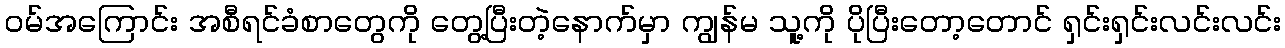
ဝမ်အကြောင်း အစီရင်ခံစာတွေကို တွေ့ပြီးတဲ့နောက်မှာ ကျွန်မ သူ့ကို ပိုပြီးတော့တောင် ရှင်းရှင်းလင်းလင်း